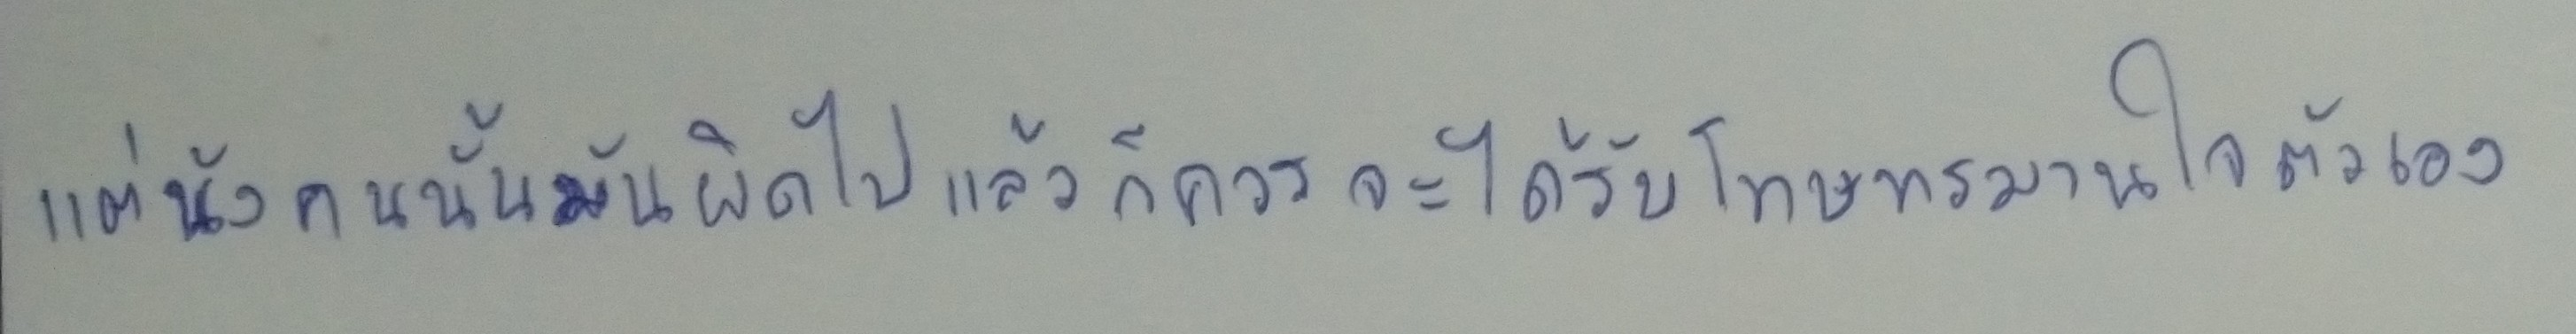
แต่นังคนนั้นมันผิดไปแล้วก็ควรจะได้รับโทษทรมานใจตัวเอง